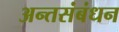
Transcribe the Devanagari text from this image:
अन्तसंबंधन